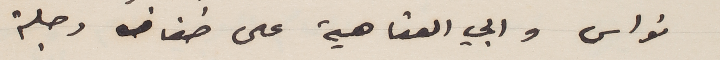
نواس وابي العتاهية على ضفاف دجلة